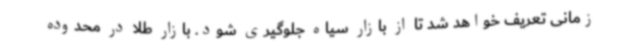
زمانی تعریف خواهد شد تا از بازار سیاه جلوگیری شود. بازار طلا در محدوده